Report of the Indian Hemp Drugs Commission, 1894-1895 - Volume V
Year: 1894
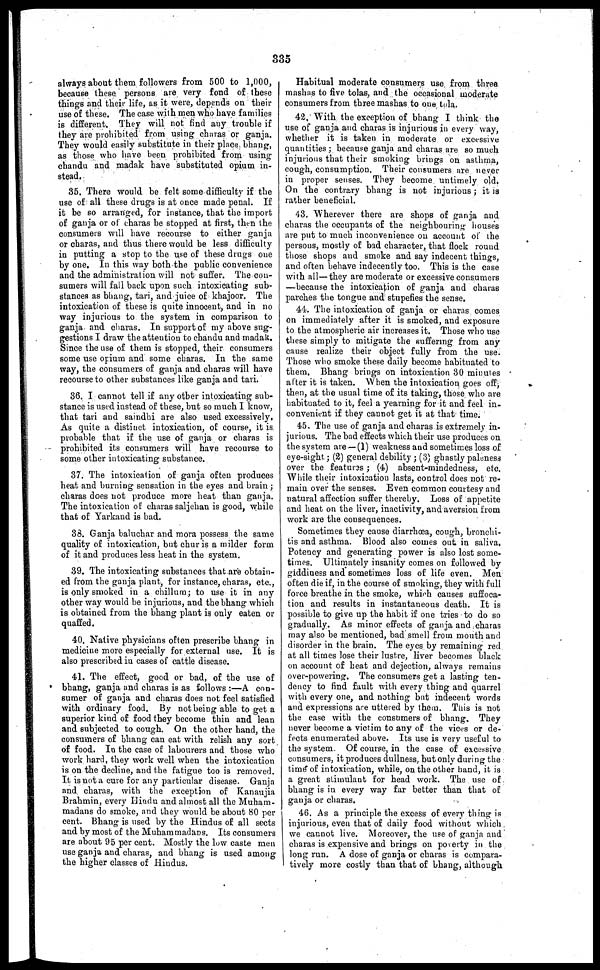
335
always about them followers from 500 to 1,000,
because these persons are very fond of these
things and their life, as it were, depends on their
use of these. The case with men who have families
is different. They will not find any trouble if
they are prohibited from using charas or ganja.
They would easily substitute in their place bhang,
as those who have been prohibited from using
chandu and madak have substituted opium in-
stead.
35. There would be felt some difficulty if the
use of all these drugs is at once made penal. If
it be so arranged, for instance, that the import
of ganja or of charas be stopped at first, then the
consumers will have recourse to either ganja
or charas, and thus there would be less difficulty
in putting a stop to the use of these drugs one
by one. In this way both the public convenience
and the administration will not suffer. The con-
sumers will fall back upon such intoxicating sub-
stances as bhang, tari, and juice of khajoor. The
intoxication of these is quite innocent, and in no
way injurious to the system in comparison to
ganja and charas. In support of my above sug-
gestions I draw the attention to chandu and madak.
Since the use of them is stopped, their consumers
some use opium and some charas. In the same
way, the consumers of ganja and charas will have
recourse to other substances like ganja and tari.
36. I cannot tell if any other intoxicating sub-
stance is used instead of these, but so much I know,
that tari and saindhi are also used excessively.
As quite a distinct intoxication, of course, it is
probable that if the use of ganja or charas is
prohibited its consumers will have recourse to
some other intoxicating substance.
37. The intoxication of ganja often produces
heat and burning sensation in the eyes and brain ;
charas does not produce more heat than ganja.
The intoxication of charas saljehan is good, while
that of Yarkand is bad.
33. Ganja baluchar and mora possess the same
quality of intoxication, but chur is a milder form
of it and produces less heat in the system.
39. The intoxicating substances that are obtain-
ed from the ganja plant, for instance, charas, etc.,
is only smoked in a chillum ; to use it in any
other way would be injurious, and the bhang which
is obtained from the bhang plant is only eaten or
quaffed.
40. Native physicians often prescribe bhang in
medicine more especially for external use. It is
also prescribed in cases of cattle disease.
41. The effect, good or bad, of the use of
bhang, ganja and charas is as follows :—A con-
sumer of ganja and charas does not feel satisfied
with ordinary food. By not being able to get a
superior kind of food they become thin and lean
and subjected to cough. On the other hand, the
consumers of bhang can eat with relish any sort
of food. In the case of labourers and those who
work hard, they work well when the intoxication
is on the decline, and the fatigue too is removed.
It is not a cure for any particular disease. Ganja
and charas, with the exception of Kanaujia
Brahmin, every Hindu and almost all the Muham-
madans do smoke, and they would be about 80 per
cent. Bhang is used by the Hindus of all sects
and by most of the Muhammadans. Its consumers
are about 95 per cent. Mostly the low caste men
use ganja and charas, and bhang is used among
the higher classes of Hindus.
Habitual moderate consumers use from three
mashas to five tolas, and the occasional moderate
consumers from three mashas to one tola.
42. With the exception of bhang I think the
use of ganja and charas is injurious in every way,
whether it is taken in moderate or excessive
quantities ; because ganja and charas are so much
injurious that their smoking brings on asthma,
cough, consumption. Their consumers are never
in proper senses. They become untimely old.
On the contrary bhang is not injurious ; it is
rather beneficial.
43. Wherever there are shops of ganja and
charas the occupants of the neighbouring house's
are put to much inconvenience on account of the
persons, mostly of bad character, that flock round
those shops and smoke and say indecent things,
and often behave indecently too. This is the case
with all—they are moderate or excessive consumers
—because the intoxication of ganja and charas
parches the tongue and stupefies the sense.
44. The intoxication of ganja or charas comes
on immediately after it is smoked, and exposure
to the atmospheric air increases it. Those who use
these simply to mitigate the suffering from any
cause realize their object fully from the use.
Those who smoke these daily become habituated to
them. Bhang brings on intoxication 30 minutes
after it is taken. When the intoxication goes off,
then, at the usual time of its taking, those who are
habituated to it, feel a yearning for it and feel in-
convenient if they cannot get it at that time.
45. The use of ganja and charas is extremely in-
jurious. The bad effects which their use produces on
the system are—(1) weakness and sometimes loss of
eye-sight ; (2) general debility ; (3) ghastly paleness
over the featuras ; (4) absent-mindedness, etc.
While their intoxication lasts, control does not re-
main over the senses. Even common courtesy and
natural affection suffer thereby. Loss of appetite
and heat on the liver, inactivity, and aversion from
work are the consequences.
Sometimes they cause diarrhoea, cough, bronchi-
tis and asthma. Blood also comes out in saliva.
Potency and generating power is also lost some-
times. Ultimately insanity comes on followed by
giddiness and sometimes loss of life even. Men
often die if, in the course of smoking, they with full
force breathe in the smoke, which causes suffoca-
tion and results in instantaneous death. It is
possible to give up the habit if one tries to do so
gradually. As minor effects of ganja and charas
may also be mentioned, bad smell from mouth and
disorder in the brain. The eyes by remaining red
at all times lose their lustre, liver becomes black
on account of heat and dejection, always remains
over-powering. The consumers get a lasting ten-
dency to find fault with every thing and quarrel
with every one, and nothing but indecent words
and expressions are uttered by them. This is not
the case with the consumers of bhang. They
never become a victim to any of the vices or de-
fects enumerated above. Its use is very useful to
the system. Of course, in the case of excessive
consumers, it produces dullness, but only during the
time of intoxication, while, on the other hand, it is
a great stimulant for head work. The use of
bhang is in every way far better than that of
ganja or charas.
46. As a principle the excess of every thing is
injurious, even that of daily food without which
we cannot live. Moreover, the use of ganja and
charas is expensive and brings on poverty in the
long run. A dose of ganja or charas is compara-
tively more costly than that of bhang, although